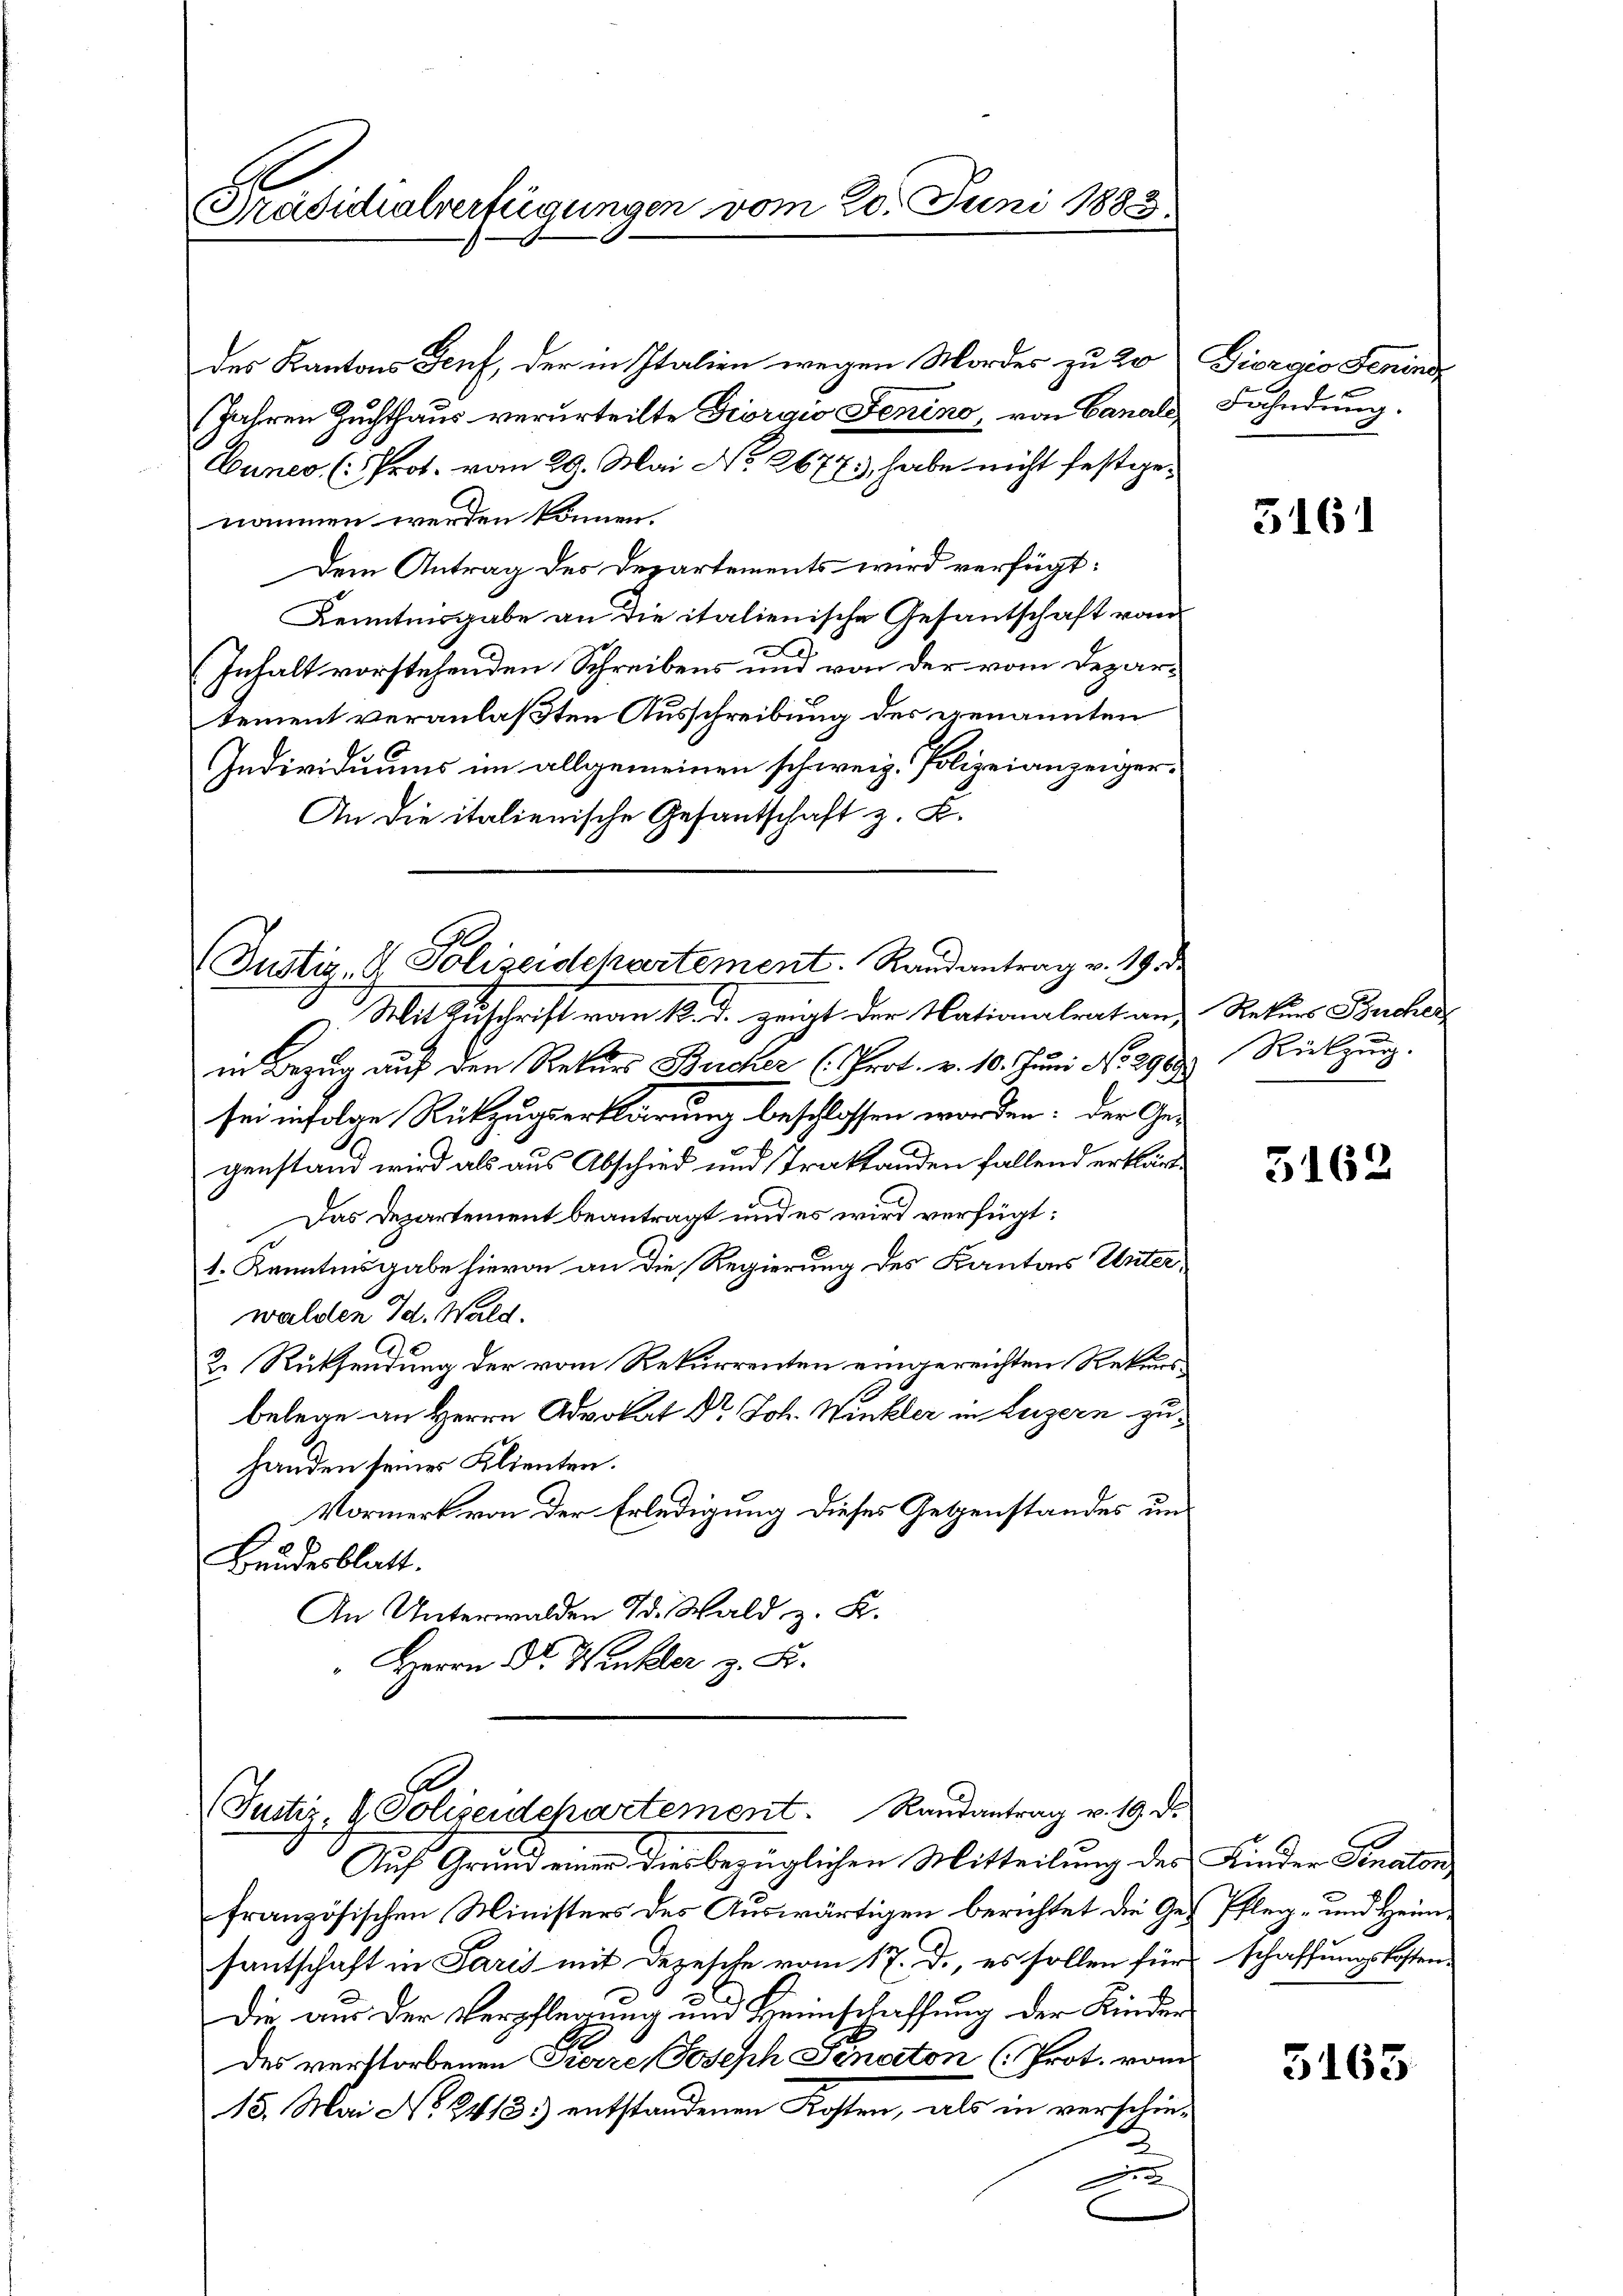
Präsidialverfügungen vom 20. Juni 1883

des Kantons Senf, der in Italien wegen Mordes zu 20 Diorgio Senin
Jahren Zuchthaus verurteilte Giorgio Jenino, von Canals Fahndung.
Euneo (: Prot. vom 29. Mai No 2677, habe nicht festgenommen werden können.
Dem Antrag des Departements wird verfügt:
Kenntnisgabe an die italienische Gesantschaft von
e
d
(Inhalt vorstehenden Schreibens und von der vom Departement veranlaßten Ausschreibung der genannten
Individuums im allgemeinen schweiz. Polizeianzeiger¬
An die italienische Gesantschaft z. B.

Mit Zuschrift vom 12. d. zeigt der Nationalrat an, Rekurs Bucher
in Bezug auf den Rekurs Bucher (Prot. v. 10. Juni No. 2988. Rückzŭg.
sei infolge Rückzugserklärung beschlossen worden: der Ge-
genstand wird als aus Abschied und Traktanden fallend erklären
Das Departement beantragt und es wird verfügt:
1. Kenntnisgabe hievon an die Regierung des Kantons Unterwalden Id. Wald.
2. Rücksendung der vom Rekurrenten eingereichten Rekurs
belege an Herrn Advokat Dr Joh. Winkler in Luzern zuhanden seines Klienten.
Vormerk von der Erledigung dieses Gegenstandes un¬
Bundesblatt.
An Unterwalden d. Wald z. K.
 Herrn Dr. Winkler z. Fr.

(Justiz- & Polizeidchartement. Randantrag v. 19.

(Justiz & Polizeidepartement. Raŭsantrag v. 19. d.

Auf Grund einer dies bezüglichen Mitteilung des Kinder Senaten,
französischen Ministers des Auswärtigen berichtet die Ges Pfleg- und Heimsantschaft in Paris mit Dezesche vom 17. d., es sollen für schaffungskosten-
Die aus der Verpflegung und Heimschaffung der Kinden
des verstorbenen Tierre Joseph Senaton (Prot. vom
15. Mai No 2413.) entstandenen Kosten, als in verschie-
e

5161

5162

3163